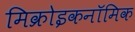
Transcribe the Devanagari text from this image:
मिक्रोइकनॉमिक